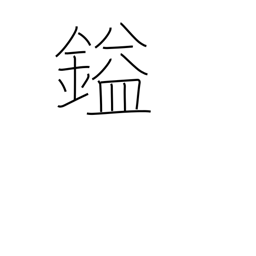
Meaning: unit of weight